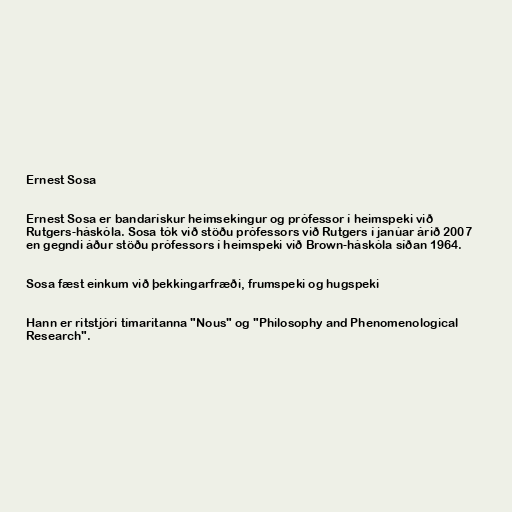
Ernest Sosa

Ernest Sosa er bandarískur heimsekingur og prófessor í heimspeki við
Rutgers-háskóla. Sosa tók við stöðu prófessors við Rutgers í janúar árið 2007
en gegndi áður stöðu prófessors í heimspeki við Brown-háskóla síðan 1964.

Sosa fæst einkum við þekkingarfræði, frumspeki og hugspeki

Hann er ritstjóri tímaritanna "Nous" og "Philosophy and Phenomenological
Research".